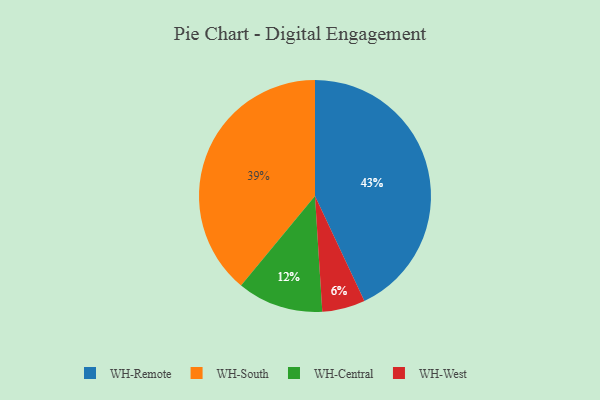
{"axis": {"x": "Category", "y": "Percentage"}, "legend": ["WH-Central", "WH-Remote", "WH-South", "WH-West"], "data": [{"x": "WH-South", "y": 39, "type": "WH-South"}, {"x": "WH-Central", "y": 12, "type": "WH-Central"}, {"x": "WH-Remote", "y": 43, "type": "WH-Remote"}, {"x": "WH-West", "y": 6, "type": "WH-West"}]}